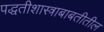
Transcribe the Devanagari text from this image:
पद्धतीशास्त्राबाबतीतील